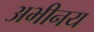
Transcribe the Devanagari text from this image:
अभीनय